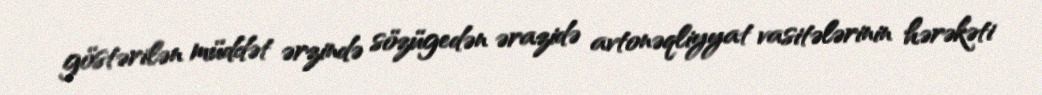
göstərilən müddət ərzində sözügedən ərazidə avtonəqliyyat vasitələrinin hərəkəti